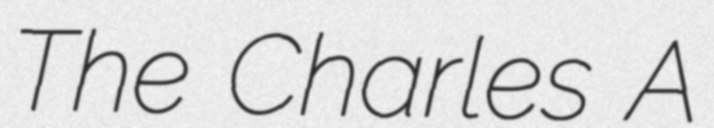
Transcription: The Charles A